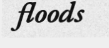
floods